Indian journal of veterinary science and animal husbandry - Volumes 24-25, 1954-1955
Year: 1954
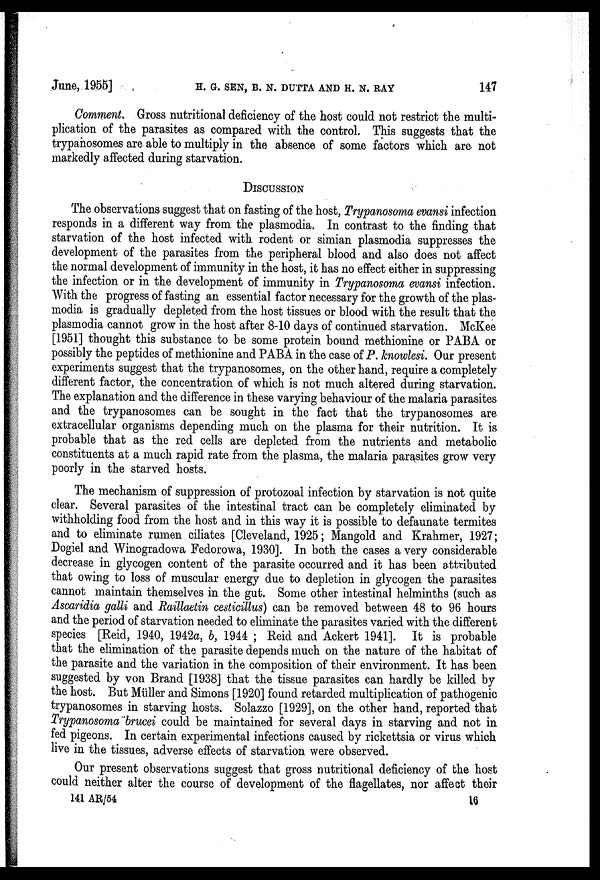
June, 1955]
H. G. SEN, B. N. DUTTA AND H. N. RAY 147
Comment. Gross nutritional deficiency of the host could not restrict the multi-
plication of the parasites as compared with the control. This suggests that the
trypanosomes are able to multiply in the absence of some factors which are not
markedly affected during starvation.
DISCUSSION
The observations suggest that on fasting of the host, Trypanosoma evansi infection
responds in a different way from the plasmodia. In contrast to the finding that
starvation of the host infected with rodent or simian plasmodia suppresses the
development of the parasites from the peripheral blood and also does not affect
the normal development of immunity in the host, it has no effect either in suppressing
the infection or in the development of immunity in Trypanosoma evansi infection.
With the progress of fasting an essential factor necessary for the growth of the plas-
modia is gradually depleted from the host tissues or blood with the result that the
plasmodia cannot grow in the host after 8-10 days of continued starvation. McKee
[1951] thought this substance to be some protein bound methionine or PABA or
possibly the peptides of methionine and PABA in the case of P. knowlesi. Our present
experiments suggest that the trypanosomes, on the other hand, require a completely
different factor, the concentration of which is not much altered during starvation.
The explanation and the difference in these varying behaviour of the malaria parasites
and the trypanosomes can be sought in the fact that the trypanosomes are
extracellular organisms depending much on the plasma for their nutrition. It is
probable that as the red cells are depleted from the nutrients and metabolic
constituents at a much rapid rate from the plasma, the malaria parasites grow very
poorly in the starved hosts.
The mechanism of suppression of protozoal infection by starvation is not quite
clear. Several parasites of the intestinal tract can be completely eliminated by
withholding food from the host and in this way it is possible to defaunate termites
and to eliminate rumen ciliates [Cleveland, 1925; Mangold and Krahmer, 1927;
Dogiel and Winogradowa Fedorowa, 1930]. In both the cases a very considerable
decrease in glycogen content of the parasite occurred and it has been attributed
that owing to loss of muscular energy due to depletion in glycogen the parasites
cannot maintain themselves in the gut. Some other intestinal helminths (such as
Ascaridia galli and Raillaetin cesticillus) can be removed between 48 to 96 hours
and the period of starvation needed to eliminate the parasites varied with the different
species [Reid, 1940, 1942a, b, 1944 ; Reid and Ackert 1941]. It is probable
that the elimination of the parasite depends much on the nature of the habitat of
the parasite and the variation in the composition of their environment. It has been
suggested by von Brand [1938] that the tissue parasites can hardly be killed by
the host. But Müller and Simons [1920] found retarded multiplication of pathogenic
trypanosomes in starving hosts. Solazzo [1929], on the other hand, reported that
Trypanosoma brucei could be maintained for several days in starving and not in
fed pigeons. In certain experimental infections caused by rickettsia or virus which
live in the tissues, adverse effects of starvation were observed.
Our present observations suggest that gross nutritional deficiency of the host
could neither alter the course of development of the flagellates, nor affect their
141 AR/54
16